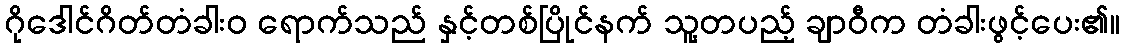
ဂိုဒေါင်ဂိတ်တံခါးဝ ရောက်သည် နှင့်တစ်ပြိုင်နက် သူ့တပည့် ချာဝီက တံခါးဖွင့်ပေး၏။